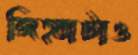
জিহ্বাটাও